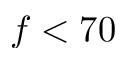
f < 7 0